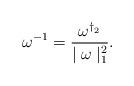
LaTeX: \begin{align*}\omega^{-1}=\frac{\omega^{\dag_2}}{\mid\omega\mid_1^2}.\end{align*}